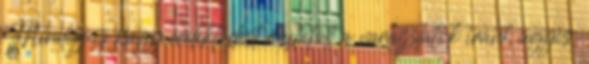
Mindig is nagy érdeklődést mutatott a varázslatok iránt, úgyis,